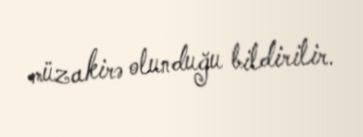
müzakirə olunduğu bildirilir.